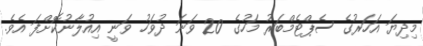
މިދިޔަ އަހަރުގެ ސެޕްޓެމްބަރު މަހުގެ 20 ވަނަ ދުވަހު ވަނީ އިއުލާނުކޮށްފަ އެވެ.